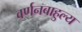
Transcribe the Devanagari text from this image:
वर्णनबाहुल्य